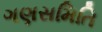
ગણસમિતિ